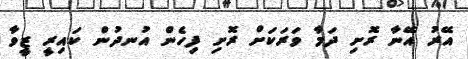
އޭރު އޭނާ ރޮށި ދަމާ ވަރަކަށް ރޮށި ފިހެން އުނދުން ކައިރީ ޒީވާ